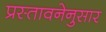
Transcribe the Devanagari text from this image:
प्रस्तावनेनुसार